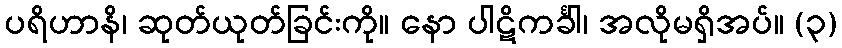
ပရိဟာနိ၊ ဆုတ်ယုတ်ခြင်းကို။ နော ပါဋိကင်္ခါ၊ အလိုမရှိအပ်။ (၃)